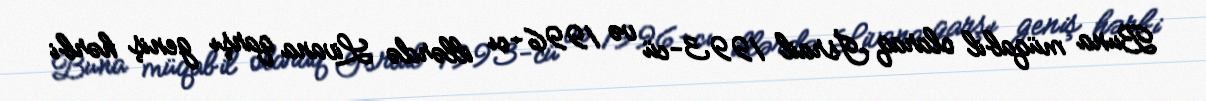
Buna müqabil olaraq İsrail 1993-cü və 1996-cı illərdə Livana qarşı geniş hərbi